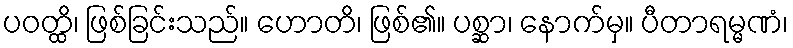
ပဝတ္ထိ၊ ဖြစ်ခြင်းသည်။ ဟောတိ၊ ဖြစ်၏။ ပစ္ဆာ၊ နောက်မှ။ ပီတာရမ္မဏံ၊